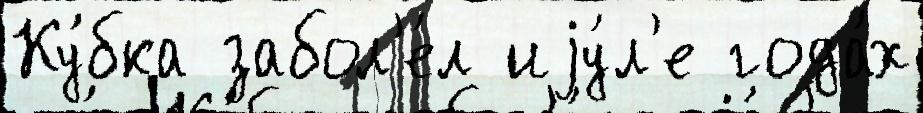
Ку́бка забол'е́л иjу́л'е года́х